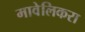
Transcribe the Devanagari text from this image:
मावेलिकरा